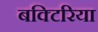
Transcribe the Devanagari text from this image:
बक्टिरिया